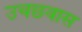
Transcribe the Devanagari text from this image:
उचछ्वास